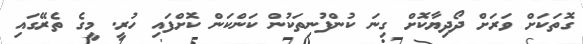
ގޮތަކަށް ވަރަށް ދޯދިޔާކޮށް ގިނަ ކުންފުނިތަކުން ކަންކަން ކޮށްފައި ހުރީ. މީގެ ތެރޭގައި